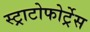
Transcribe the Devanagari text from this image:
स्ट्राटोफोर्ट्रेस